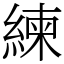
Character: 練